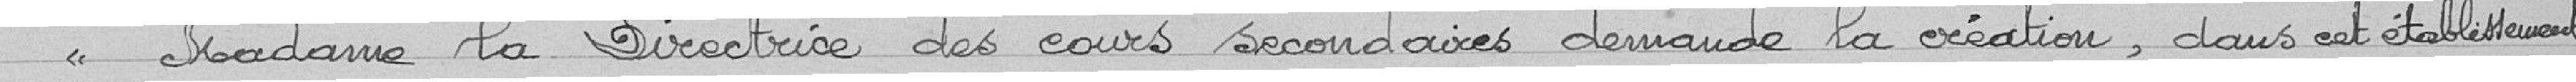
" Madame la Directrice ces cours secondaires demande la création, dans cet établissement,